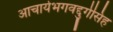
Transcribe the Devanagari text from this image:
आचार्यभगवद्दुर्गसिंह